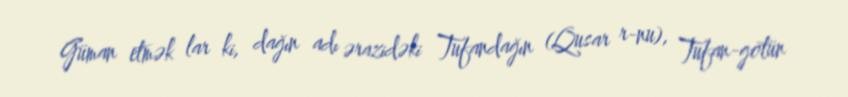
Güman etmək lar ki, dağın adı ərazidəki Tufandağın (Qusar r-nu), Tufan-gölün